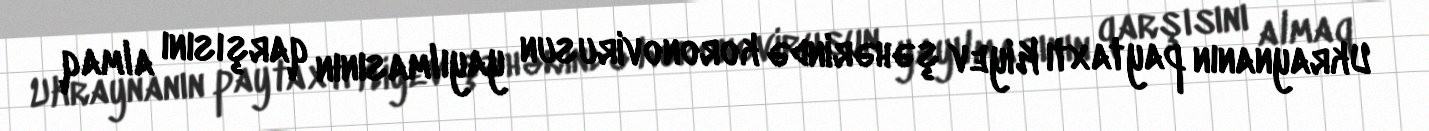
Ukraynanın paytaxtı Kiyev şəhərində koronovirusun yayılmasının qarşısını almaq